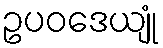
ဥပဝဒေယျုံ